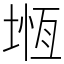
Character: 堩